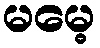
မမေ့